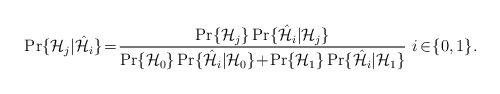
LaTeX: \begin{align*}\small\Pr\{\mathcal{H}_j | \hat{\mathcal{H}}_i\} \!=\! \frac{\Pr\{\mathcal{H}_j\} \Pr\{\hat{\mathcal{H}}_i | \mathcal{H}_j\}}{ \Pr\{\mathcal{H}_0\} \Pr\{\hat{\mathcal{H}}_i | \mathcal{H}_0\}\!+\!\Pr\{\mathcal{H}_1\} \Pr\{\hat{\mathcal{H}}_i | \mathcal{H}_1\}} \,\, i \! \in\! \{0,1\}. \normalsize\end{align*}